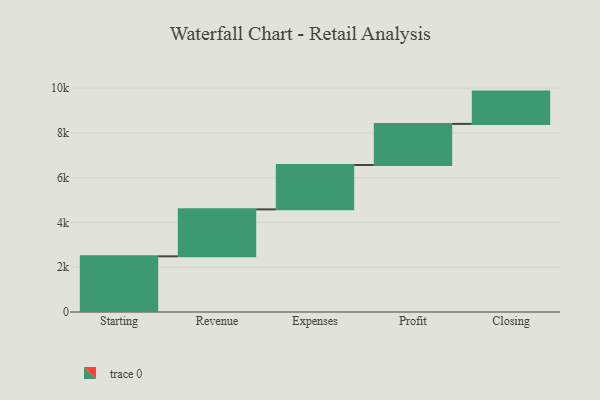
{"axis": {"x": "Step", "y": "Value"}, "legend": [""], "data": [{"x": "Starting", "y": 2487.0, "type": ""}, {"x": "Revenue", "y": 2098.0, "type": ""}, {"x": "Expenses", "y": 1981.0, "type": ""}, {"x": "Profit", "y": 1838.0, "type": ""}, {"x": "Closing", "y": 1442.0, "type": ""}]}